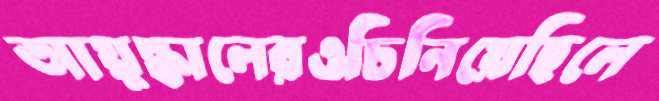
আয়ুষ্কালেরওচিনিয়েছিলে